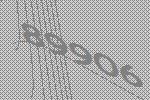
89906